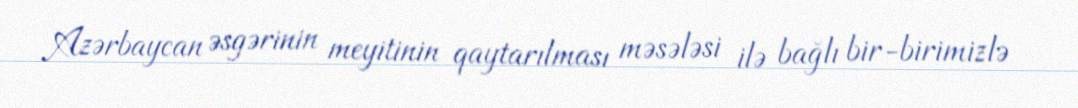
Azərbaycan əsgərinin meyitinin qaytarılması məsələsi ilə bağlı bir-birimizlə